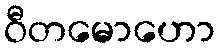
ဝီတမောဟော